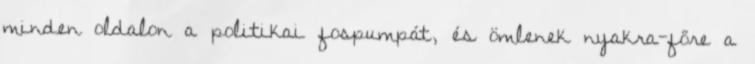
minden oldalon a politikai fospumpát, és ömlenek nyakra-főre a